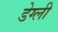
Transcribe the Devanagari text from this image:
डेग्ली